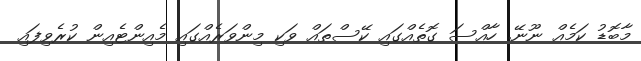
މާބޮޑު ކަމެއް ނޫނޭ. ހާއްސަ ގޮތެއްގައި ކޭސްތައް ވަކި މިންވަރެއްގައި މެއިންޓެއިން ކުރެވިފައި